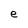
Character: e